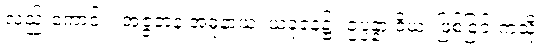
လည်းကောင်း။ အဇ္ဇတနံ အဓုနာယ၊ ယခုနေ့၌။ ဥပ္ပန္နာ ဝိယ၊ ဖြစ်ခြင်းကဲ့သို့။